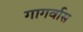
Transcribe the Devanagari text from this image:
गागर्वास